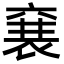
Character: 㐮